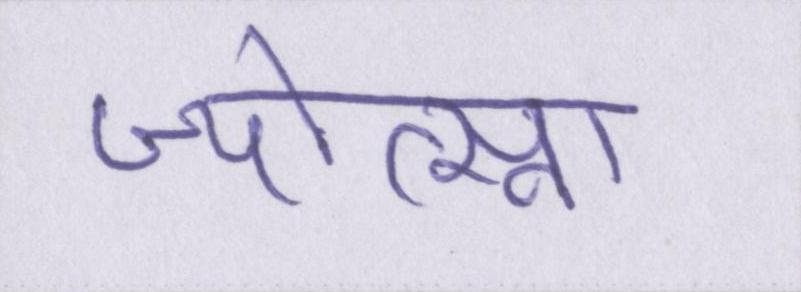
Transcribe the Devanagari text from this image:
ज्योत्स्ना